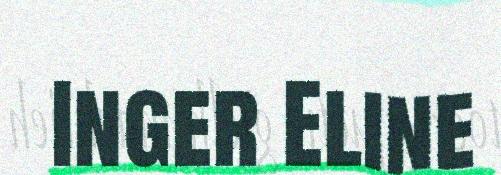
Inger Eline